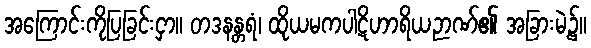
အကြောင်းကိုပြခြင်းငှာ။ တဒနန္တရံ၊ ထိုယမကပါဋိဟာရိယဉာဏ်၏ အခြားမဲ့၌။